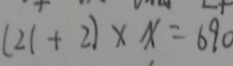
( 2 1 + 2 ) \times x = 6 9 0